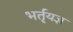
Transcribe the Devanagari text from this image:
भर्तृयज्ञ